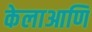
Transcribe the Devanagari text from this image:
केलाआणि